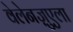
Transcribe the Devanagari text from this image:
वेलेनज़ुएला